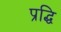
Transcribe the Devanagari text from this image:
प्रद्धि